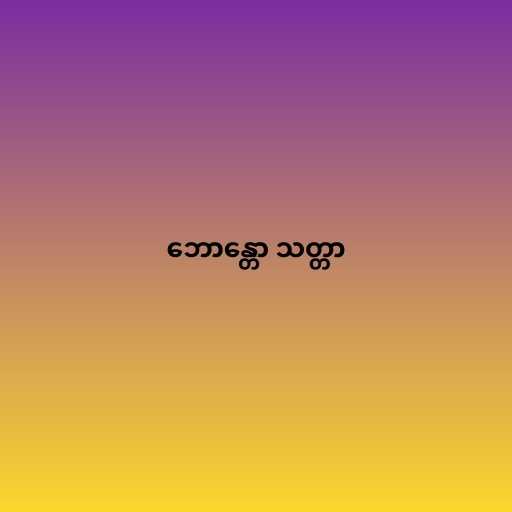
ဘောန္တော သတ္တာ